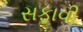
સફાવી